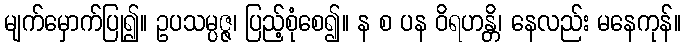
မျက်မှောက်ပြု၍။ ဥပသမ္ပဇ္ဇ၊ ပြည့်စုံစေ၍။ န စ ပန ဝိရဟန္တိ၊ နေလည်း မနေကုန်။